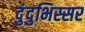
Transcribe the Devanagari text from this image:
दुंदुभिस्सर